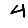
Digit: 4